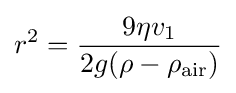
r^{2}={\frac {9\eta v_{1}}{2g(\rho -\rho _{\textrm {air}})}}